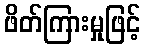
ဖိတ်ကြားမှုဖြင့်